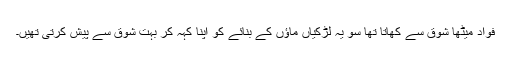
فواد میٹھا شوق سے کھاتا تھا سو یہ لڑکیاں ماؤں کے بنائے کو اپنا کہہ کر بہت شوق سے پیش کرتی تھیں۔